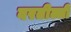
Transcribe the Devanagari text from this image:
वरतील्ली